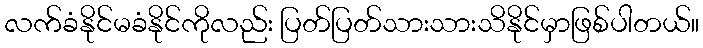
လက်ခံနိုင်မခံနိုင်ကိုလည်း ပြတ်ပြတ်သားသားသိနိုင်မှာဖြစ်ပါတယ်။